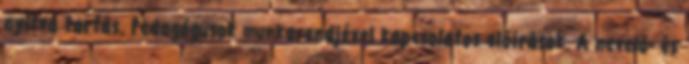
nyitva tartás. Pedagógusok munkarendjével kapcsolatos előírások. A nevelő- és